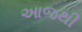
આજથી